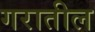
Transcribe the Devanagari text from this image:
गरातील